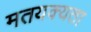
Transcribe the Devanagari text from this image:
मतयक्यता